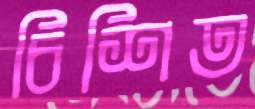
চিশিত